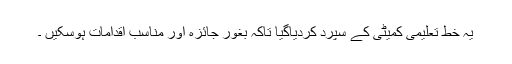
یہ خط تعلیمی کمیٹی کے سپرد کردیاگیا تاکہ بغور جائزہ اور مناسب اقدامات ہوسکیں ۔